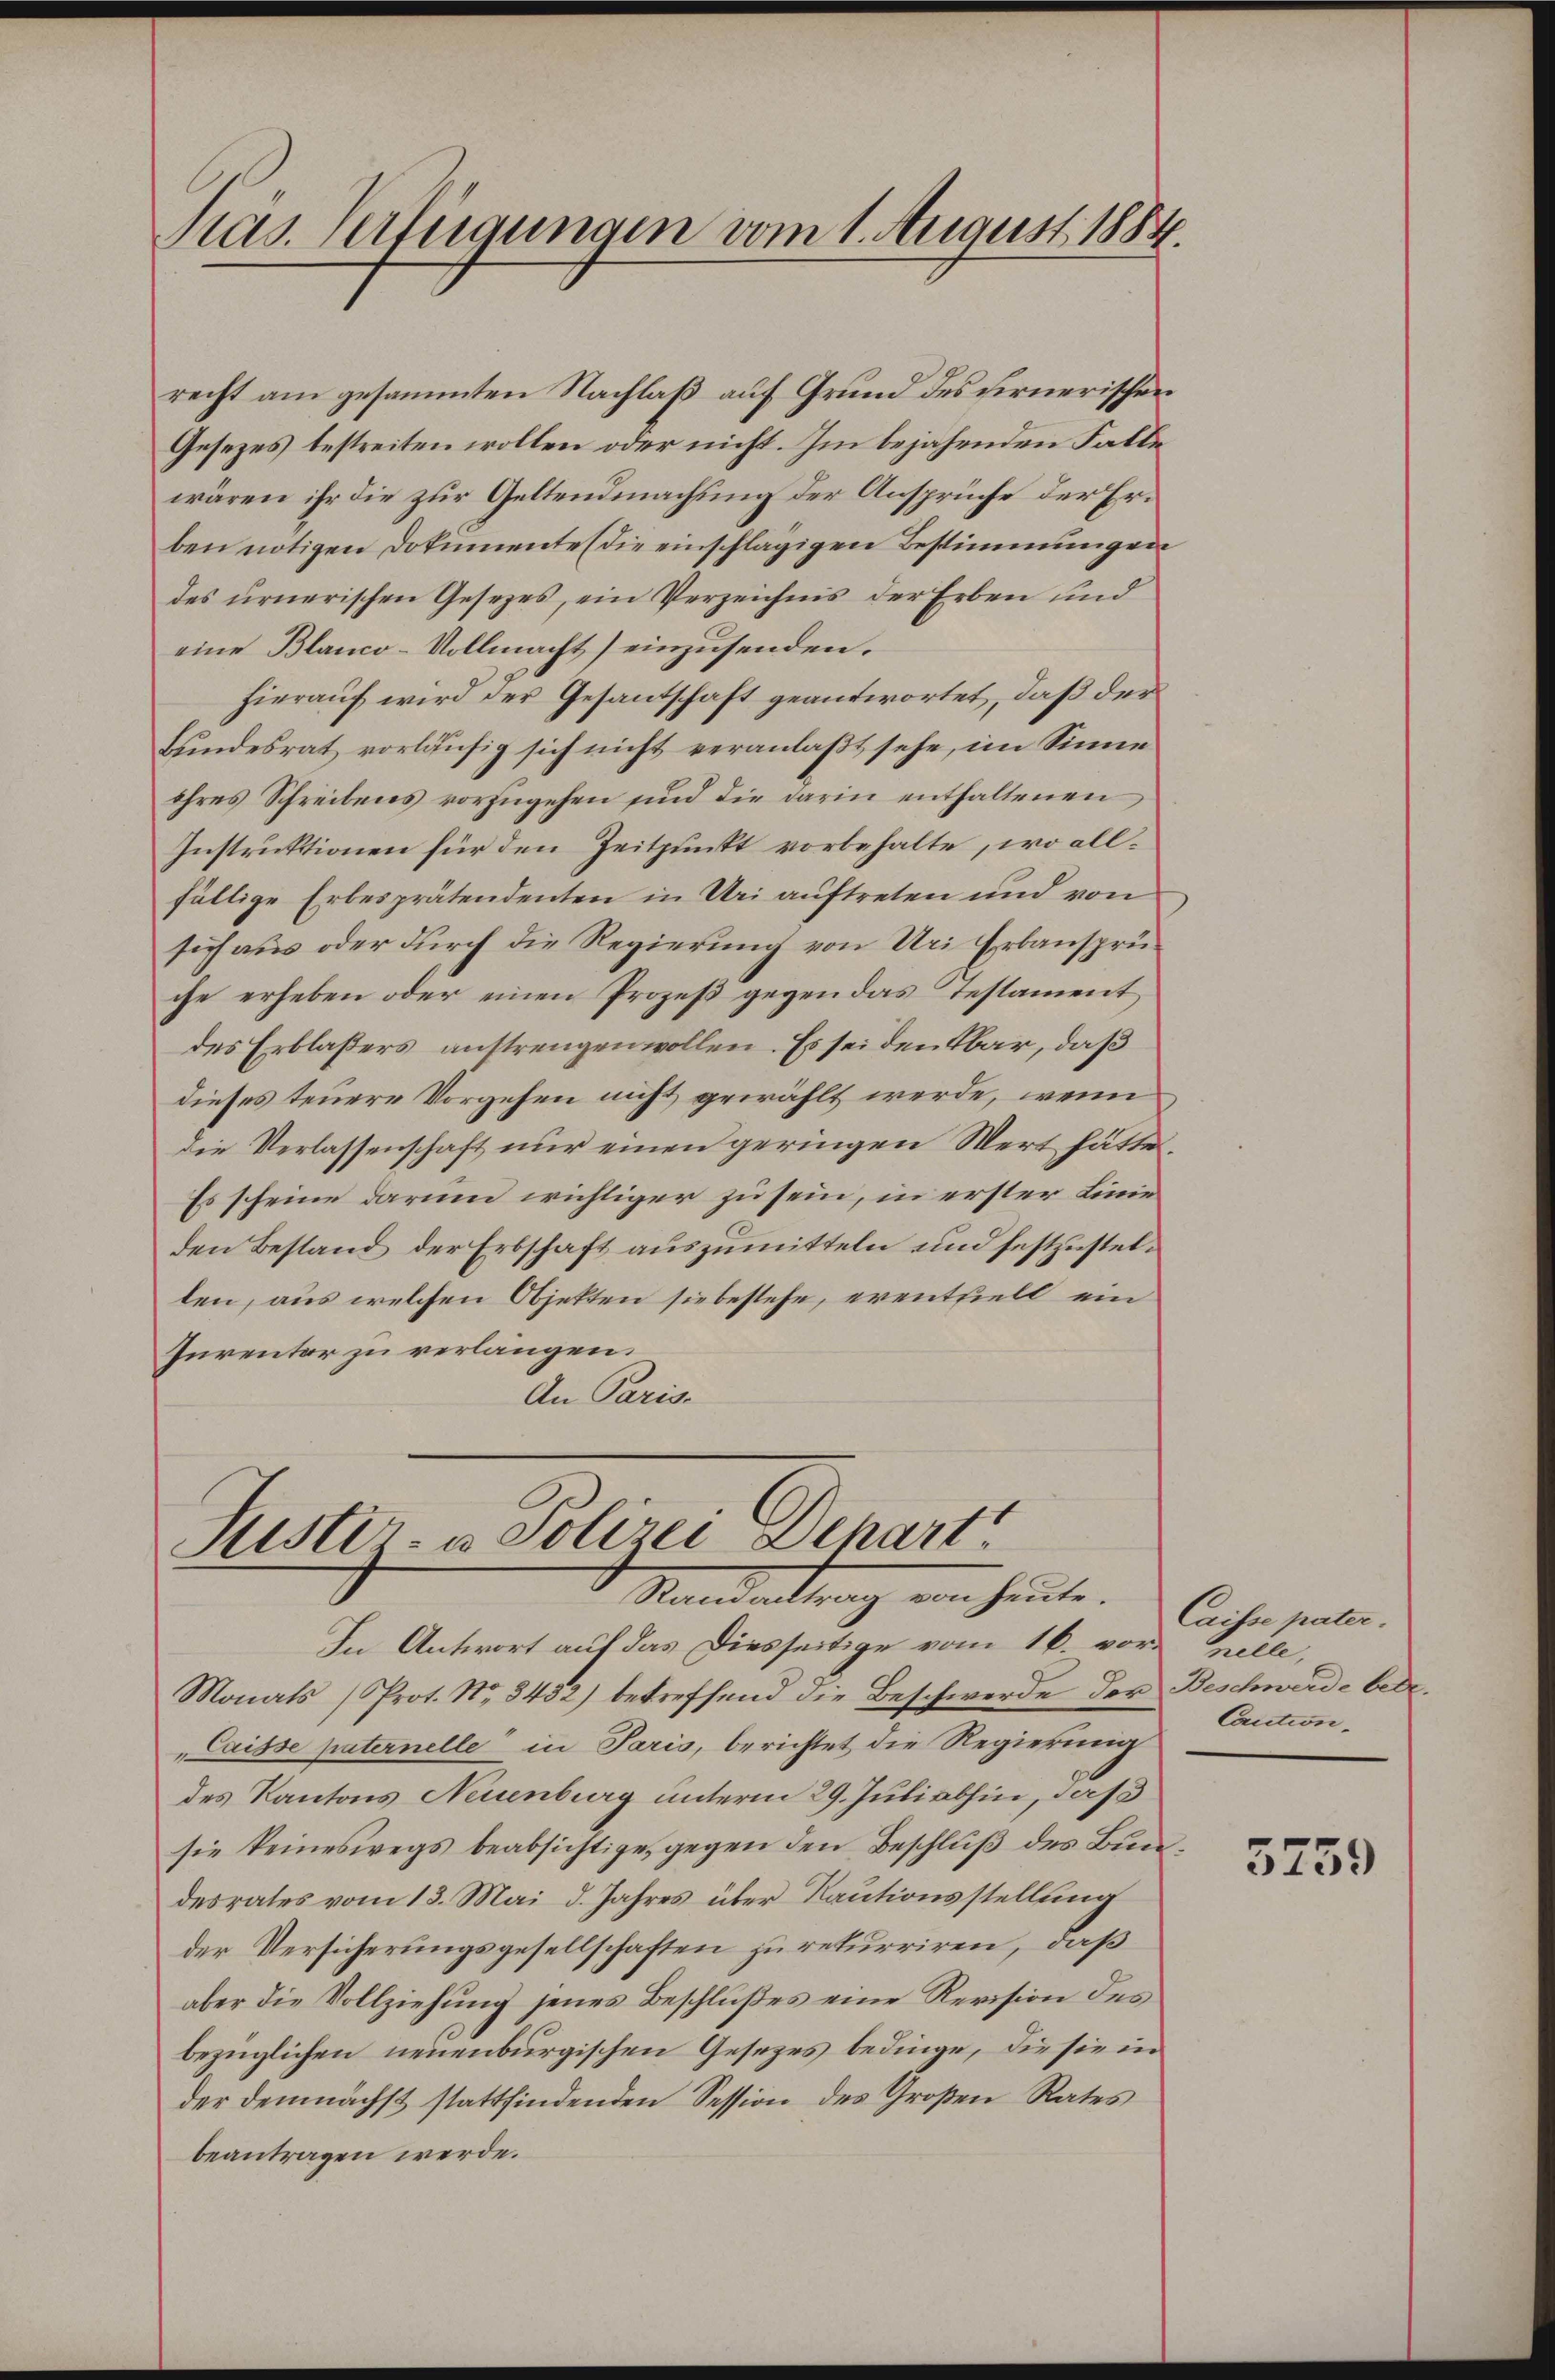
Präs. Verfügungen vom 1. August 1884.

recht am gesammten Nachlaß auf Grund des fernerischen
Gesezes bestreiten wollen oder nicht. Im bejahenden Falle
wären ihr die zur Geltendmachung der Ansprüche der Erben nötigen Dokumente (die einschlägigen Bestimmungen
des urnerischen Gesetzes, ein Verzeichnis der Erben und
eine Blanco-Vollmacht einzusenden.
hierauf wird der Gesantschaft geantwortet, daß der
Bundesrat vorläufig sich nicht veranlaßt sehe, im Sinne
ihres Schreibens vorzugehen sind die darin enthaltenen,
Instruktionen für den Zeitpunkt vorbehalte, wo allfällige Erbesprätendenten in Uri auftreten und von
sich aus oder durch die Regierung von Uri Erbansprüche erheben oder einen Prozeß gegen das Testament
des Erblaßers anstrengen wollen. Es sei den kbar, daß
dieses teuere Vorgehen nicht gewählt werde, wenn
die Verlassenschaft nur einen geringen Wert hätte,
Es scheine darum wichtiger zu sein, in erster Linie
den Bestand der Erbschaft auszumitteln und festzustellen, aus welchen Objekten sie bestehe, erentfielt ein
Jurentor zu verlängen.
An Paris.

Justiz- & Polizei Depart
Randantrag von heute.

In Antwort auf das Diesseitige vom 16. vor Halle,
Monats (Prot. No. 8482) betreffend die Beschwerde der Beschwerde betr.
"Caisse paternelle in Paris, berichtet die Regierung
des Kantons Neuenburg unterm 29. Juli abhin, daß
sie keineswegs beabsichtige, gegen den Beschluß des Bundesrates vom 13. Mai d. Jahres über Rautionsstellung
der Versicherungsgesellschaften zu rekurriren, daß
aber die Vollziehung jenes Beschlußes eine Revision des
bezüglichen neuenburgischen Gesezes bedinge, die sie in
der demnächst stattfindenden Session des Großen Rates
beantragen werde.

Caisse pater.
Caution.

3759